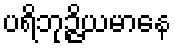
ပရိဘုဉ္ဇိယမာနေ